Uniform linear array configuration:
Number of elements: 32
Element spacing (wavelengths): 0.25
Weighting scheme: binomial
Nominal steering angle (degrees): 60
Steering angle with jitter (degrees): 59.524
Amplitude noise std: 0.05
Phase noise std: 0.05

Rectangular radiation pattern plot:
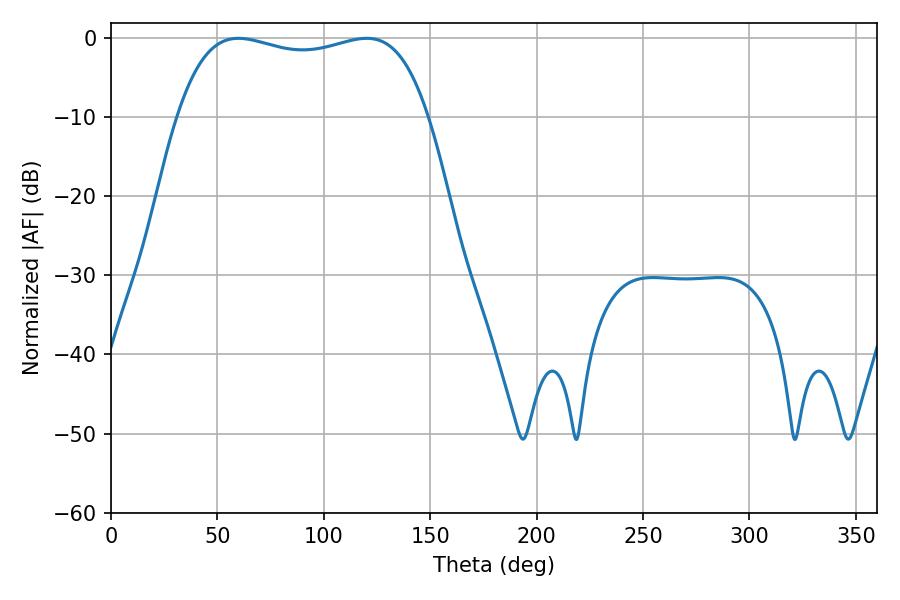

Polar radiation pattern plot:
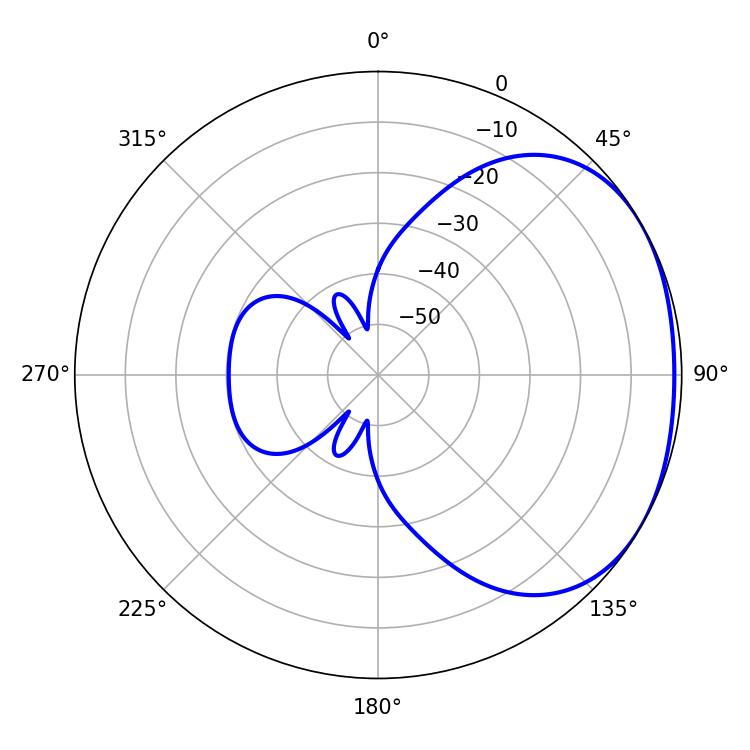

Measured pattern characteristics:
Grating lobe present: FALSE
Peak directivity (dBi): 1.826
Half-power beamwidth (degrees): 95.4
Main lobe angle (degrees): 59.94